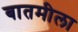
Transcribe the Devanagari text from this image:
बातमीला